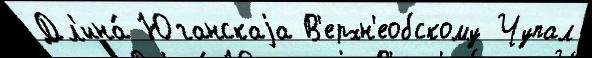
Дл'ина́ Юганскаjа В'ерхн'еобскому Чупал